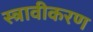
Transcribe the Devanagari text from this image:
स्त्रावीकरण